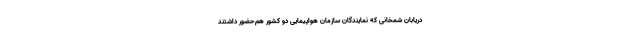
دریابان شمخانی که نمایندگان سازمان هواپیمایی دو کشور هم‌حضور داشتند